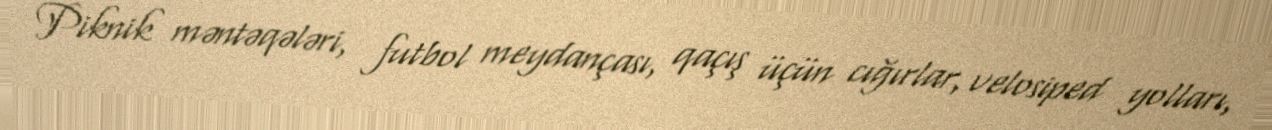
Piknik məntəqələri, futbol meydançası, qaçış üçün cığırlar, velosiped yolları,